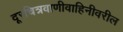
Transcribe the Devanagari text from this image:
दूरचित्रवाणीवाहिनीवरील